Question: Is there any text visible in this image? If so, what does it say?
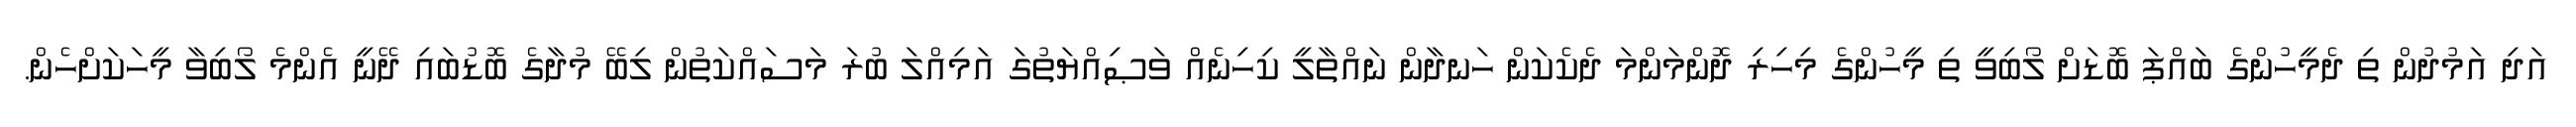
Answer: އަދި އަމުދުން ތި ދެމީހުންގެ ބައްޕަ ބޮޑަށް ލޯބިވީ ތި މީހުންގެ މިހިރި ދޮންމަންމަ ދެކެކަން ހަނދާން ނައްތާލީ ކިހިނެއް ވަޞިއްޔަތުގަ އަމިއްލަ ބުރަ މަސައްކަތުން ލިބޭ މުދާގެ ބޮޑުބައި ދޭނީ އެންމެ ލޯބިވާ މީހަކަށްހެން.